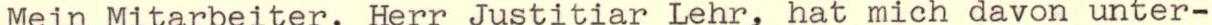
Mein Mitarbeiter, Herr Justitiar Lehr, hat mich davon unter-